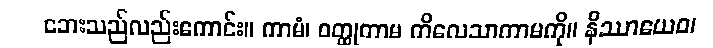
ဘေးသည်လည်းကောင်း။ ကာမံ၊ ဝတ္ထုကာမ ကိလေသာကာမကို။ နိဿာယေဝ၊